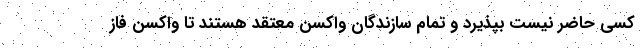
کسی حاضر نیست بپذیرد و تمام سازندگان واکسن معتقد هستند تا واکسن فاز